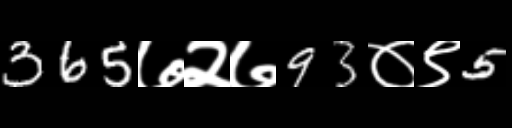
Text: 365७२७93०९5